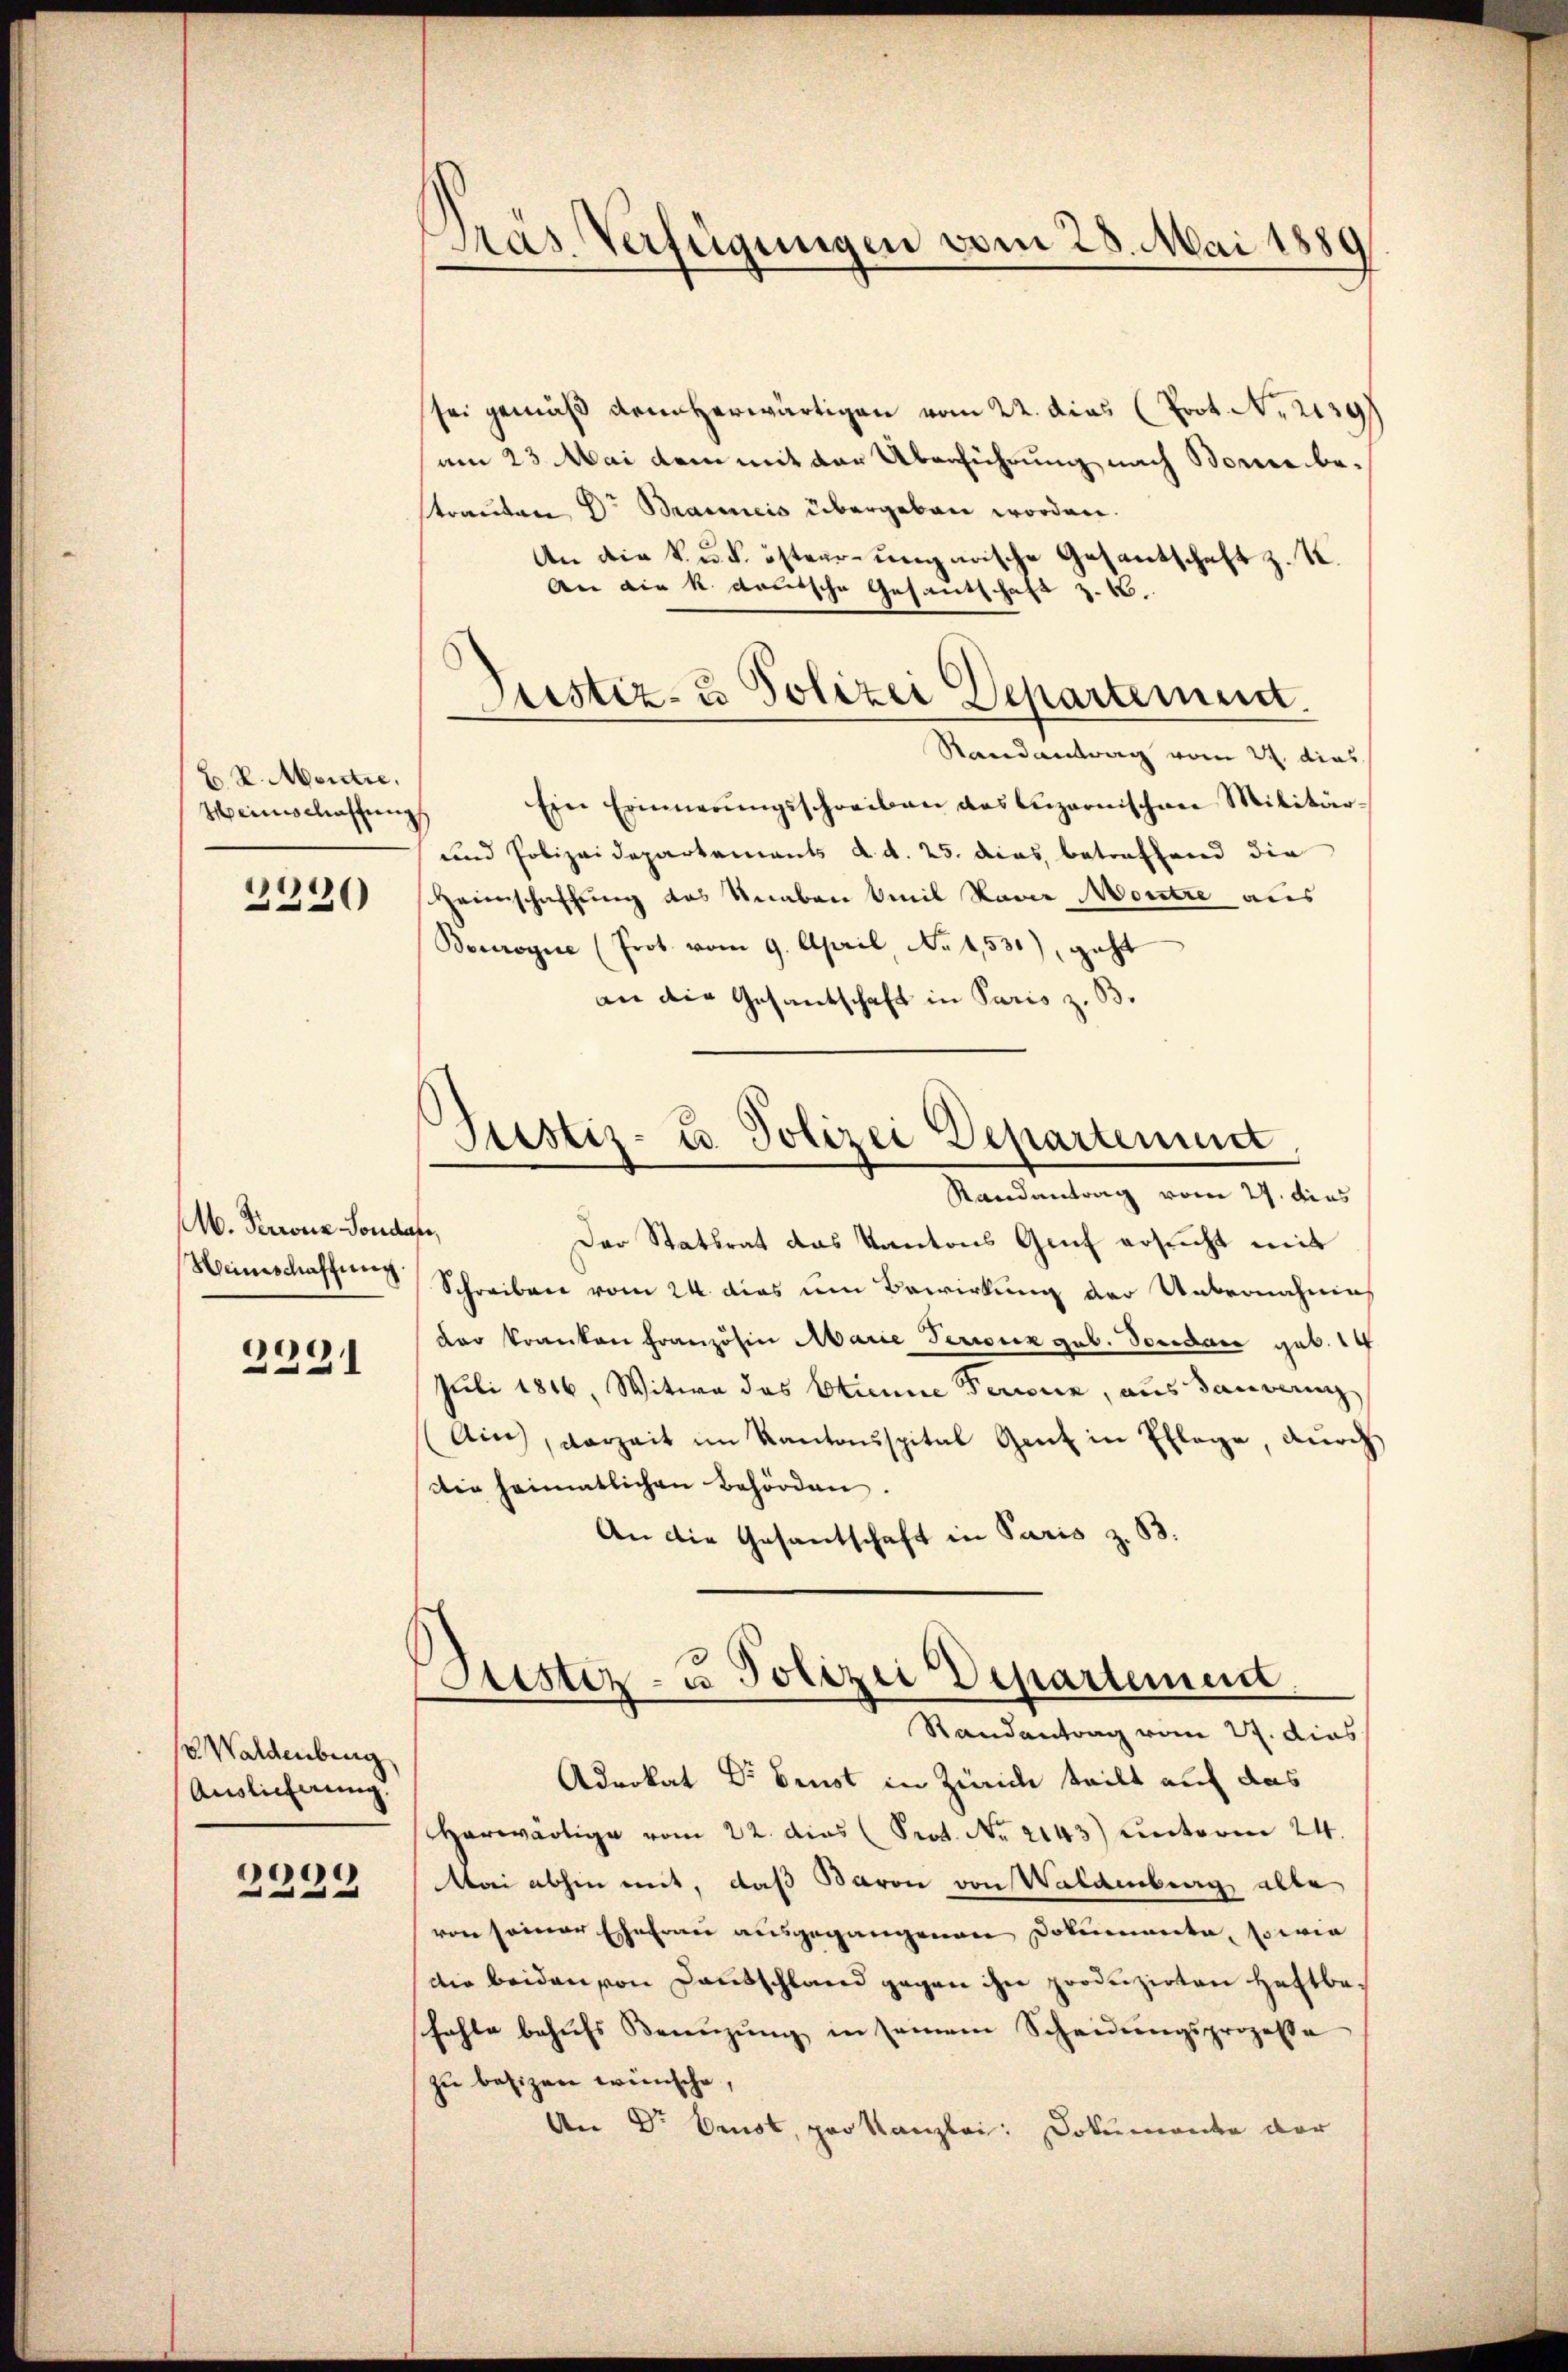
E K. Montie.
Weinschaftung

2390

M. Perronz Sondate,
Heinschaffung.

2221

V. Waldenberg
Auslieferung.

2229

Das Verfügungen vom 28. Mai 1889

sei gemäß dem herwärtigen vom 22. dies (Prot. N. 2139
am 23. Mai dem mit der Überführung nach Bombestrauten Dr Baumeis übergeben worden.
An die k. u. k. öster- ungarische Gesantschaft z. K.
An die k. Lauische Gesantschaft z. B.
Justiz- & Polizei Departement.
Randantrag vom 2. dies
Ein Erinnerŭngsschreiben das Luzernischen Militär-
und Polizeidepartements d. d. 25. dies betreffend die
Heimschaffung das Knaben Emil Naver Montre aus
Beurogie (Prot. vom 9. April No 1530), geht
an die Gesandschaft in Paris z. B.
Randantrag vom 27. dies
Der Stattrat das Kantons Genf ersucht mit
Schreiben vom 24. dies um Bewirkung der Unternahmes
dar kranken Französin Marie Perionz gub. Donidare geb. 14
Juli 1846, Witwe das Etienne Feriene, aus Bauvern
(Ain, vorzeit im Kantonspital Gant in Pflege, durch
die heimatlichen Behörden.
An die Gesantschaft in Paris z. 83.
Justiz- u Polizei Departement.
Randantrag vom 27. dies
Advokat Dr Brust in Zürich teilt auf das
herwärtige vom 22. dies Prot. No. 2143) unterm 24.
Mai abhin mit, daß Baron von Waldenberg alle
von seiner Ehefrau ausgegangenen Dokumente, sowie
die beiden von Dantschland gegen ihn produzirten Haftba
fahle behŭfs Bewenzŭng in seinem Scheidŭngsprozessa
zu besizen wünsche,
An Dr Emst, pro kanzlei: Dokumente der

Justiz- u. Polizei Departement,